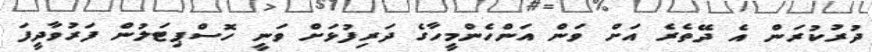
ދުރުކުރަން އެ ދޭތެރެ އަށް ވަން އަންހެންމީހާގެ ދަރިފުޅަށް ވަނީ ހޮސްޕިޓަލުން ފަރުވާދީފަ